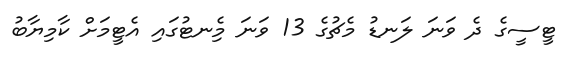
ޓީސީގެ ދެ ވަނަ ލަނޑު މެޗުގެ 13 ވަނަ މިެނޓުގައި އެޓީމަށް ކާމިޔާބު